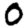
Digit: 0